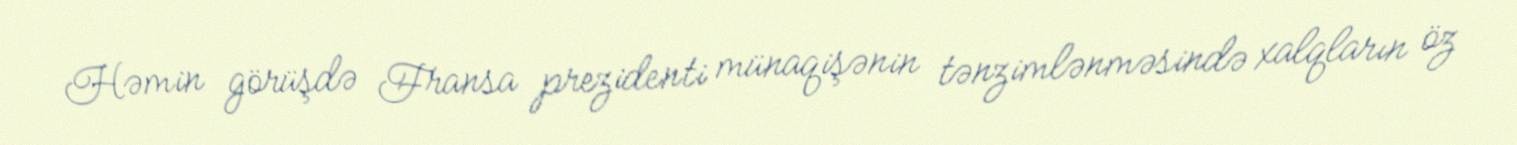
Həmin görüşdə Fransa prezidenti münaqişənin tənzimlənməsində xalqların öz